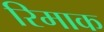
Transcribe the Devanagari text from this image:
रिमाक